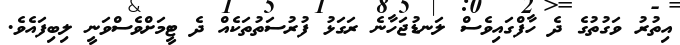
އިތުރު ވަގުތުގެ ދެ ހާފްގައިވެސް ލަނޑުޖަހާނެ ރަގަޅު ފުރުސަތުތަކެއް ދެ ޓީމަށްވެސްވަނީ ލިބިފައެވެ.